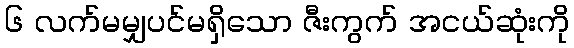
၆ လက်မမျှပင်မရှိသော ဇီးကွက် အငယ်ဆုံးကို